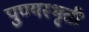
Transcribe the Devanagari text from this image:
पुण्यस्भृती